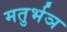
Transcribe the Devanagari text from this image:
मतुर्भञ